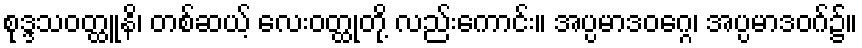
စုဒ္ဒသဝတ္ထူနိ၊ တစ်ဆယ့် လေးဝတ္ထုတို့ လည်းကောင်း။ အပ္ပမာဒဝဂ္ဂေ၊ အပ္ပမာဒဝဂ်၌။